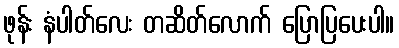
ဖုန်း နံပါတ်လေး တဆိတ်လောက် ပြောပြပေးပါ။